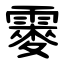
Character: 䨫